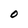
Character: O